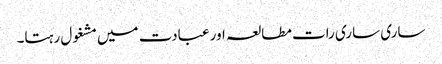
ساری ساری رات مطالعہ اور عبادت میں مشغول رہتا۔